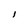
Character: l